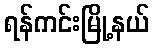
ရန်ကင်းမြို့နယ်